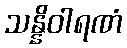
သန္နိဝါရဏံ